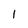
Character: l